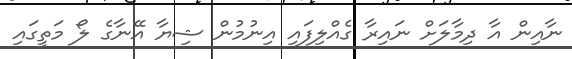
ނާއިން އާ ދިމާލަށް ނައިރާ ގެއްލިފައި އިނުމުން ޝިޔާ އޭނާގެ ލޯ މަތީގައި